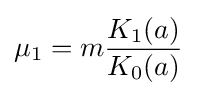
\mu _{1}=m{\frac {K_{1}(a)}{K_{0}(a)}}